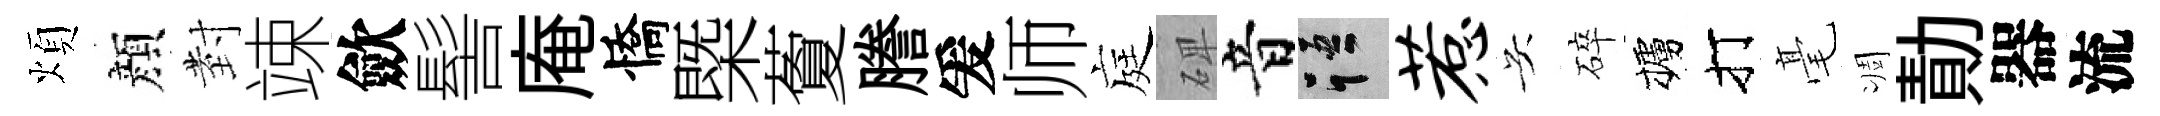
煩顔𭔹竦歛髻庵憍㮣藑謄爰师庭𥓓音語惹吴碎櫨打毫凋勣器流